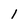
Character: 1